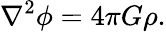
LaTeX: \nabla^{2}\phi=4\pi G\rho.